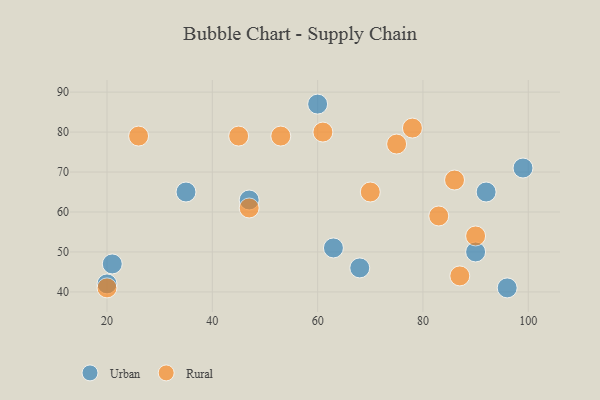
{"axis": {"x": "GDP", "y": "Life Expectancy"}, "legend": ["Rural", "Urban"], "data": [{"x": "20", "y": 42, "type": "Urban"}, {"x": "47", "y": 63, "type": "Urban"}, {"x": "21", "y": 47, "type": "Urban"}, {"x": "92", "y": 65, "type": "Urban"}, {"x": "90", "y": 50, "type": "Urban"}, {"x": "99", "y": 71, "type": "Urban"}, {"x": "96", "y": 41, "type": "Urban"}, {"x": "68", "y": 46, "type": "Urban"}, {"x": "63", "y": 51, "type": "Urban"}, {"x": "60", "y": 87, "type": "Urban"}, {"x": "35", "y": 65, "type": "Urban"}, {"x": "70", "y": 65, "type": "Rural"}, {"x": "26", "y": 79, "type": "Rural"}, {"x": "86", "y": 68, "type": "Rural"}, {"x": "53", "y": 79, "type": "Rural"}, {"x": "20", "y": 41, "type": "Rural"}, {"x": "47", "y": 61, "type": "Rural"}, {"x": "75", "y": 77, "type": "Rural"}, {"x": "45", "y": 79, "type": "Rural"}, {"x": "78", "y": 81, "type": "Rural"}, {"x": "90", "y": 54, "type": "Rural"}, {"x": "83", "y": 59, "type": "Rural"}, {"x": "61", "y": 80, "type": "Rural"}, {"x": "87", "y": 44, "type": "Rural"}]}